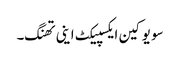
سو یو کین ایکسپیکٹ اینی تھنگ۔